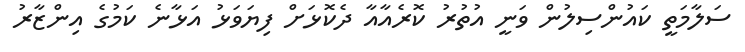
ސަލާމަތީ ކައުންސިލުން ވަނީ އުތުރު ކޮރެއާއާ ދެކޮޅަށް ފިޔަވަޅު އަޅާނެ ކަމުގެ އިންޒާރު